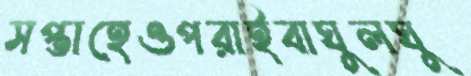
সপ্তাহেওপরাইবাঘুলঘু